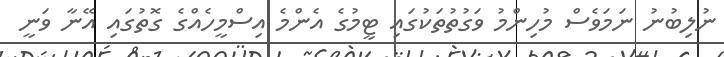
ނުލިބުނު ނަމަވެސް މުހިންމު ވަގުތުތަކުގައި ޓީމުގެ އެންމެ އިސްމީހެއްގެ ގޮތުގައި އޭނާ ވަނީ